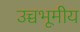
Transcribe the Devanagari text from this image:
उच्चभूमीय